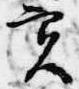
実